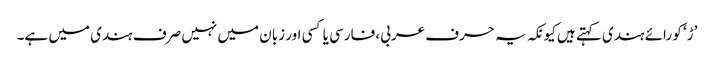
’ڑ‘ کو رائے ہندی کہتے ہیں کیونکہ یہ حرف عربی، فارسی یا کسی اور زبان میں نہیں صرف ہندی میں ہے۔